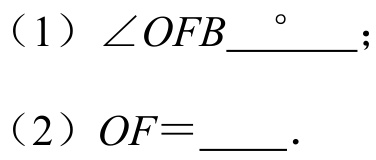
（1）\(\angle OFB\underline{\ \ \ \ ^{\circ}\ \ \ \ }\)；
（2）\(OF = \underline{\ \ \ \ }\).